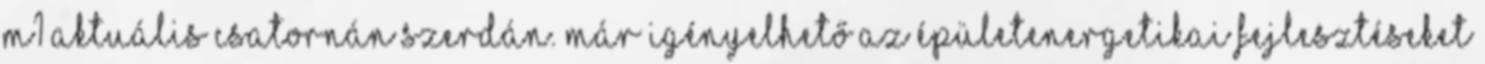
M1 aktuális csatornán szerdán. Már igényelhető az épületenergetikai fejlesztéseket